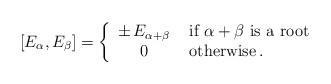
LaTeX: \begin{align*}[E_\alpha,E_\beta]=\left\{\begin{array}{cl}\pm \, E_{\alpha+\beta}&\mbox{ if $\alpha+\beta$ is a root} \\0& \mbox{ otherwise}\, .\end{array}\right.\end{align*}